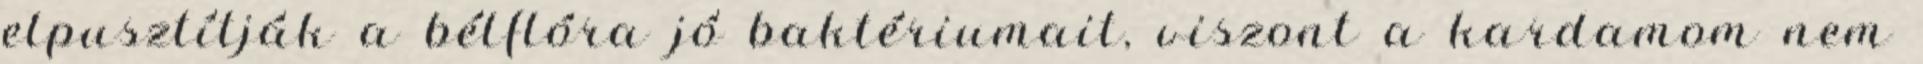
elpusztítják a bélflóra jó baktériumait, viszont a kardamom nem